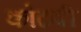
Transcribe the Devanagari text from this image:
कोंटबी